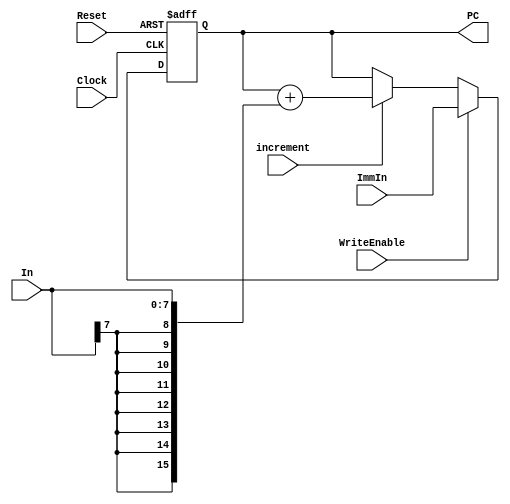
`timescale 1ns / 1ps
/*
Programer: Robert Christensen

Clock   - input clock for the register
Reset - Reset the input to zero
increment   - if increment is set to 1 it will increase by the value of 'in'
ImmIn   - used to load the register with a value
WriteEnable  - if set to 1 the value of ImmIn will be loaded

PC    - the value of the program counter
*/
module program_counter(
    input Clock,
    input Reset,
    input increment,
	 input [7:0] In,
    input [15:0] ImmIn,
    input WriteEnable,
    output reg [15:0] PC
    );
	 
initial begin
	PC = 16'H0000;
end

always @(posedge Clock, negedge Reset)
begin
	if(~Reset)
		begin
		PC <= 16'H0000;
		end
	else if(WriteEnable == 1'b1)
		begin
		PC <= ImmIn;
		end
	else if(increment == 1'b1)
		begin
		PC <= PC + In;
		PC <= {PC[15],PC[15:0]} + {{9{In[7]}},In[7:0]};
		end
	else
		begin
		PC <= PC;
		end
end


endmodule